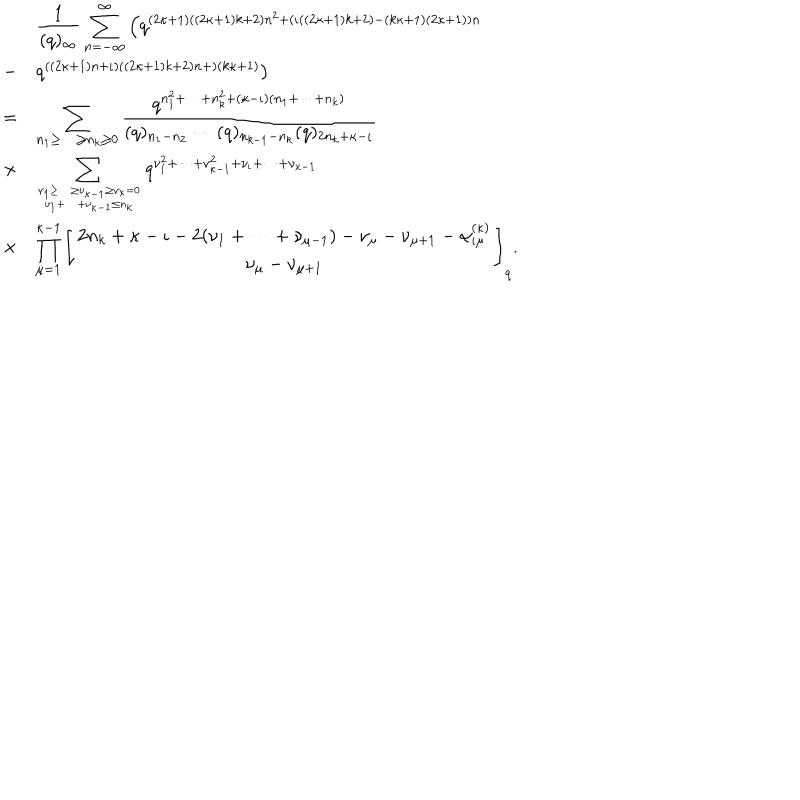
\begin{array} { c l } { { } } & { { \displaystyle \frac { 1 } { ( q ) _ { \infty } } \sum _ { n = - \infty } ^ { \infty } \left( q ^ { ( 2 \kappa + 1 ) ( ( 2 \kappa + 1 ) k + 2 ) n ^ { 2 } + ( \iota ( ( 2 \kappa + 1 ) k + 2 ) - ( k \kappa + 1 ) ( 2 \kappa + 1 ) ) n } \right. } } \\ { { - } } & { { \left. q ^ { ( ( 2 \kappa + 1 ) n + \iota ) ( ( 2 \kappa + 1 ) k + 2 ) n + ) ( k \kappa + 1 ) } \right) } } \\ { { = } } & { { \displaystyle \sum _ { n _ { 1 } \geq \cdots \geq n _ { k } \geq 0 } \frac { q ^ { n _ { 1 } ^ { 2 } + \cdots + n _ { k } ^ { 2 } + ( \kappa - \iota ) ( n _ { 1 } + \cdots + n _ { k } ) } } { ( q ) _ { n _ { 1 } - n _ { 2 } } \cdots ( q ) _ { n _ { k - 1 } - n _ { k } } ( q ) _ { 2 n _ { k } + \kappa - \iota } } } } \\ { { \times } } & { { \displaystyle \sum _ { \nu _ { 1 } \geq \cdots \geq \nu _ { \kappa - 1 } \geq \nu _ { \kappa } = 0 \atop \nu _ { 1 } + \cdots + \nu _ { \kappa - 1 } \leq n _ { k } } q ^ { \nu _ { 1 } ^ { 2 } + \cdots + \nu _ { \kappa - 1 } ^ { 2 } + \nu _ { \iota } + \cdots + \nu _ { \kappa - 1 } } } } \\ { { \times } } & { { \displaystyle \prod _ { \mu = 1 } ^ { \kappa - 1 } \left[ \begin{array} { c } { { 2 n _ { k } + \kappa - \iota - 2 ( \nu _ { 1 } + \cdots + \nu _ { \mu - 1 } ) - \nu _ { \mu } - \nu _ { \mu + 1 } - \alpha _ { \iota \mu } ^ { ( \kappa ) } } } \\ { { \nu _ { \mu } - \nu _ { \mu + 1 } } } \\ \end{array} \right] _ { q } . } } \\ \end{array}